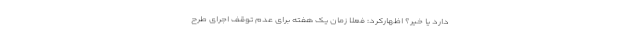
دارد یا خیر؟ اظهارکرد: فعلا زمان یک هفته برای عدم توقف اجرای طرح